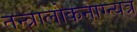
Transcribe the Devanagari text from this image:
तन्त्रालोकनाग्न्यत्र